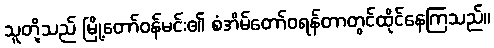
သူတို့သည် မြို့တော်ဝန်မင်း၏ စံအိမ်တော်ဝရန်တာတွင်ထိုင်နေကြသည်။